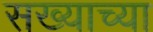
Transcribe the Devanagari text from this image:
सख्याच्या